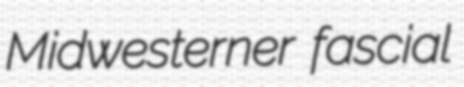
Midwesterner fascial